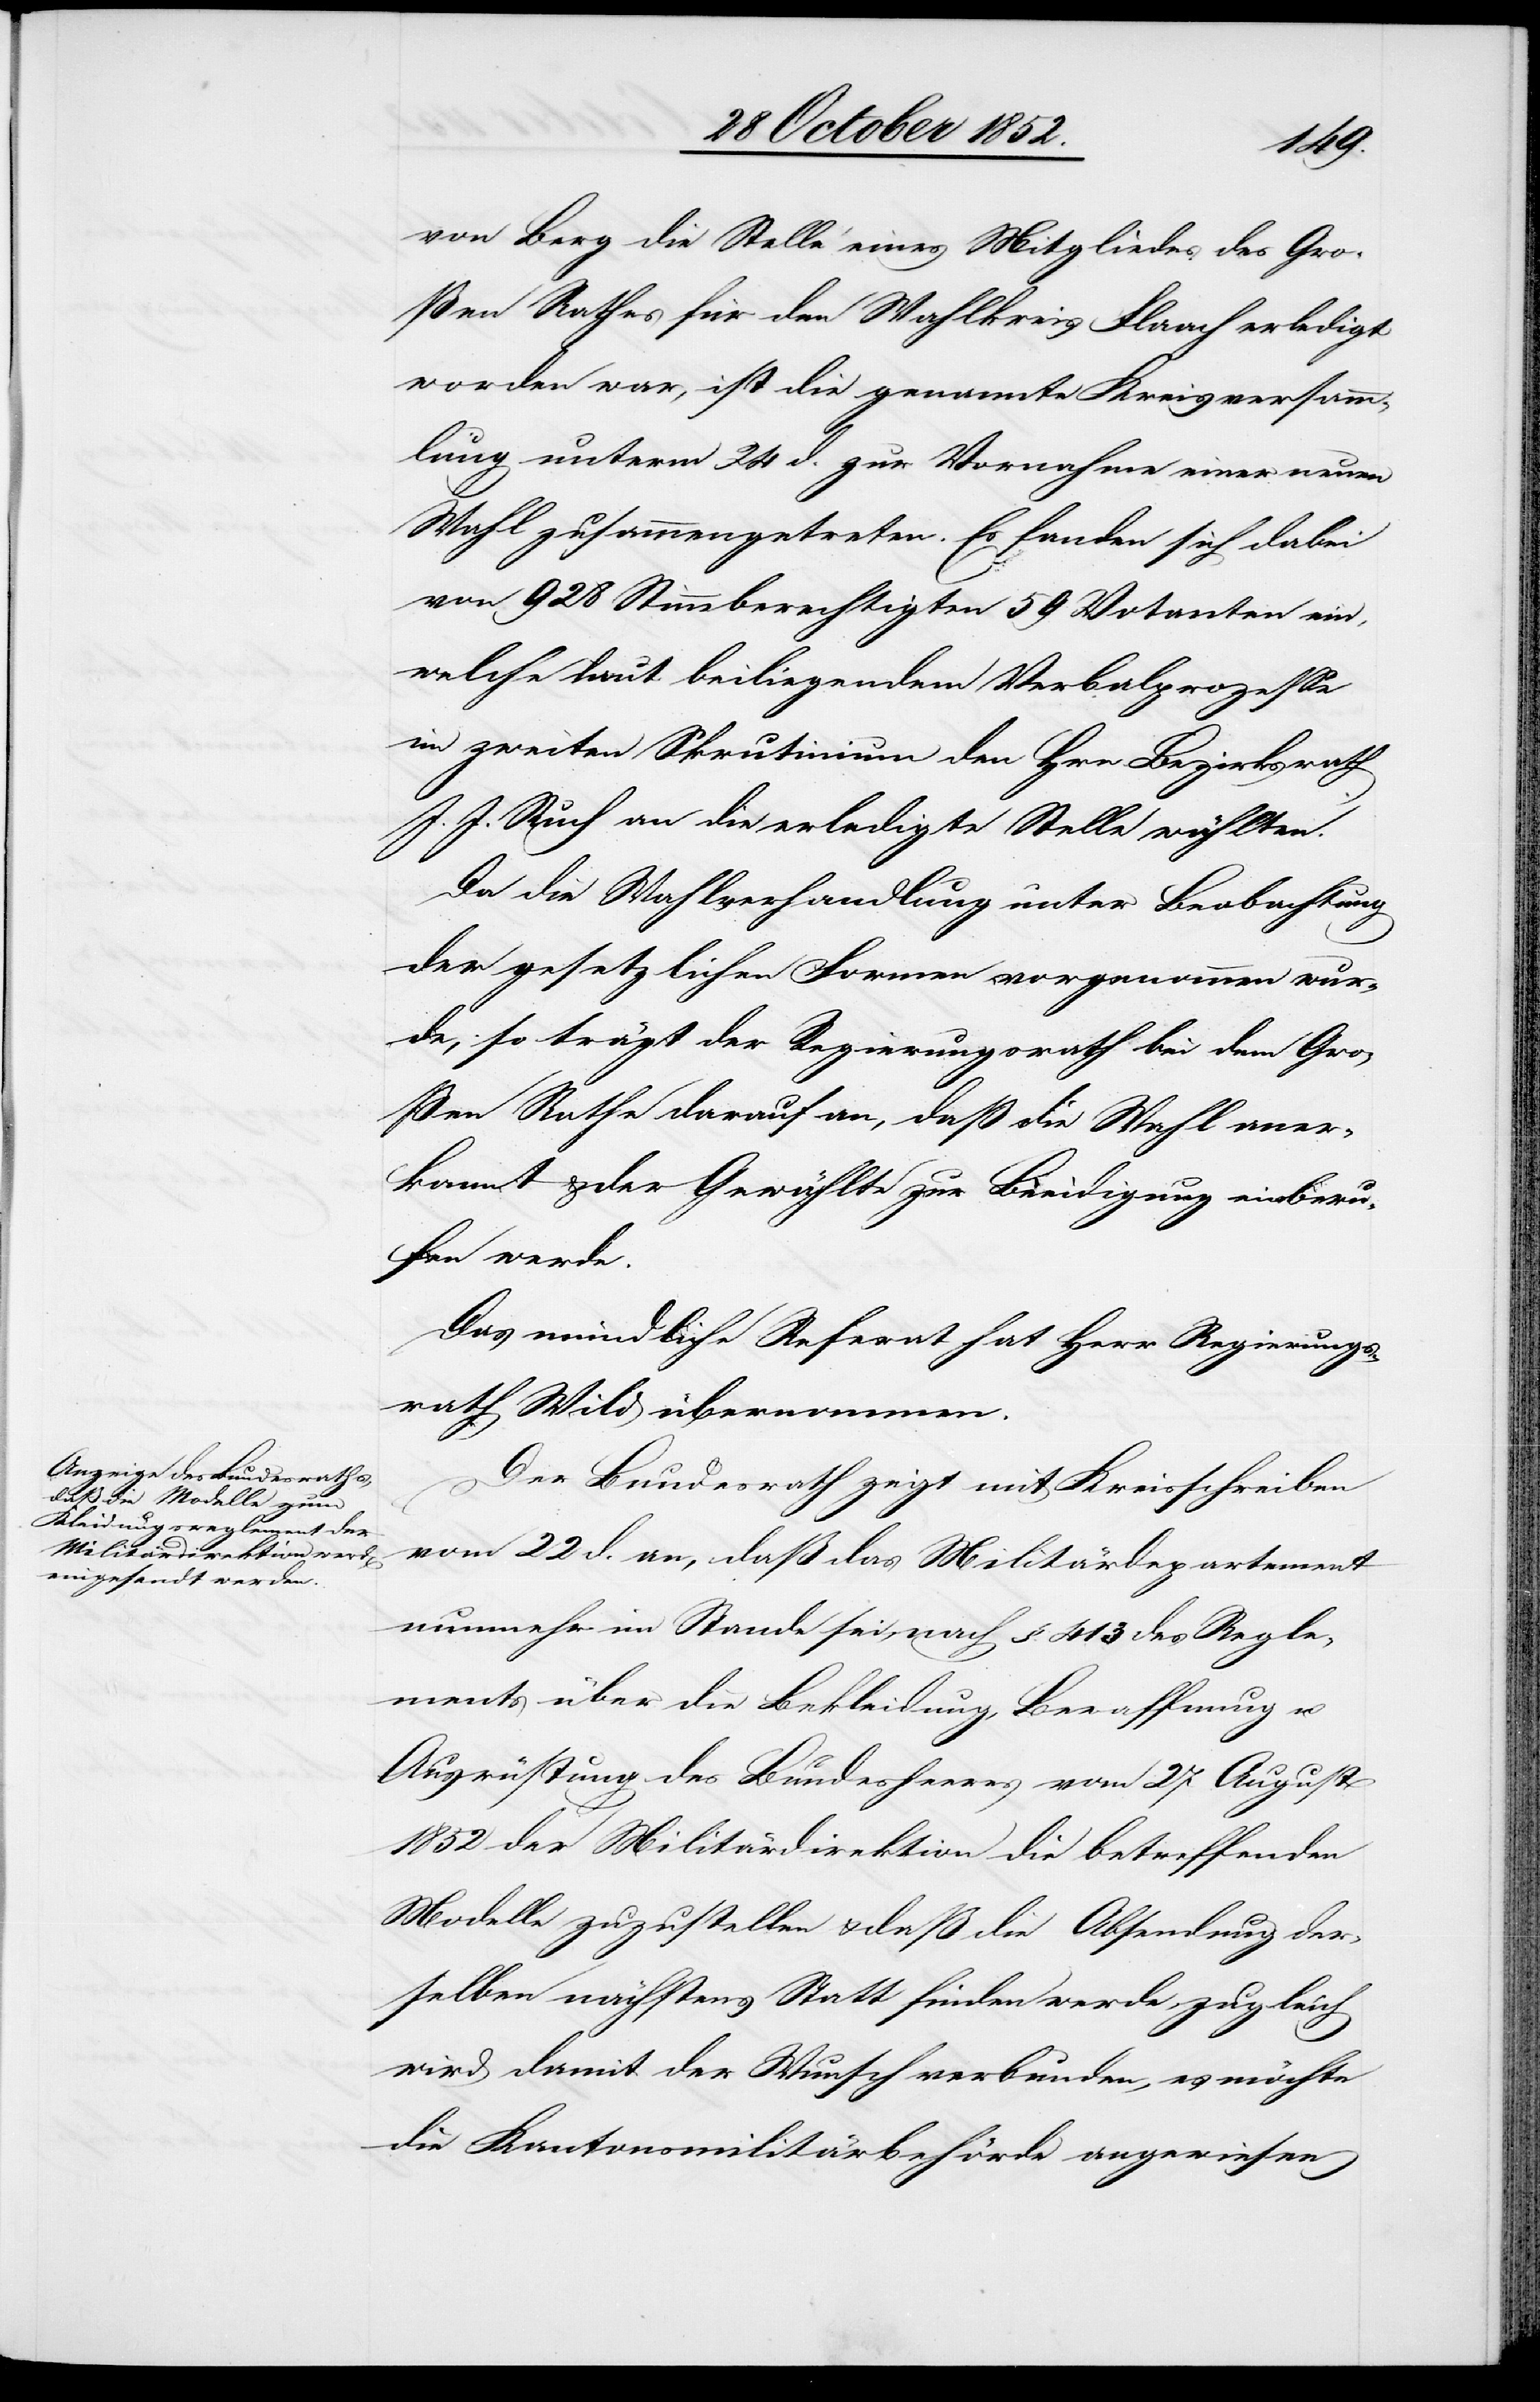
von Berg die Stelle eines Mitgliedes des Gro¬
ßen Rathes für den Wahlkreis Flaach erledigt
worden war, ist die genannte Kreisversamm¬
lung unterm 24 d. zur Vornahme einer neuen
Wahl zusammengetreten. Es fanden sich dabei
von 928 Stimmberechtigten 59 Votanten ein,
welche laut beiliegendem Verbalprozesse
im zweiten Skrutinium den Hrn. Bezirksrath
J. J. Ruch an die erledigte Stelle wählten.
Da die Wahlverhandlung unter Beobachtung
der gesetzlichen Formen vorgenommen wur¬
de, so trägt der Regierungsrath bei dem Gro¬
ßen Rathe darauf an, daß die Wahl aner¬
kannt & der Gewählte zur Beeidigung einberu¬
fen werde.
Das mündliche Referat hat Herr Regierungs¬
rath Wild übernommen.
Der Bundesrath zeigt mit Kreisschreiben
vom 22 d. an, daß das Militärdepartement
nunmehr im Stande sei, nach §. 413 des Regle¬
ments über die Bekleidung, Bewaffnung u.
Ausrüstung des Bundesheeres vom 27 August
1852 der Militärdirektion die betreffenden
Modelle zuzustellen & daß die Absendung der¬
selben nächstens Statt finden werde, zugleich
wird damit der Wunsch verbunden, es möchte
die Kantonsmilitärbehörde angewiesen